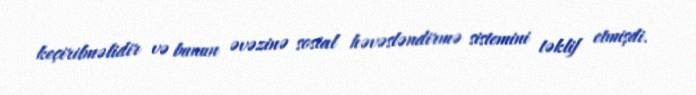
keçirilməlidir və bunun əvəzinə sosial həvəsləndirmə sistemini təklif etmişdi.